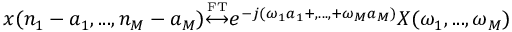
x ( n _ { 1 } - a _ { 1 } , . . . , n _ { M } - a _ { M } ) { \overset { \underset { \mathrm { F T } } { } } { \longleftrightarrow } } e ^ { - j ( \omega _ { 1 } a _ { 1 } + , . . . , + \omega _ { M } a _ { M } ) } X ( \omega _ { 1 } , . . . , \omega _ { M } )